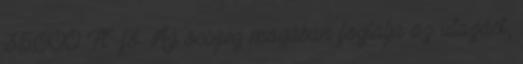
35.000 Ft fő. Az összeg magában foglalja az utazást,